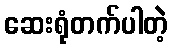
ဆေးရုံတက်ပါတဲ့